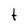
Character: t